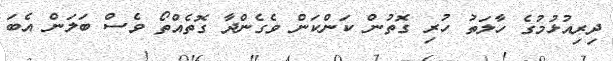
ދިރިއުޅުމުގެ ހާލަތު ހުރި ގޮތުން ކަންކަން ވެގެންދާ ގޮތެއްތޯ ވެސް ބަލަން އެބަ